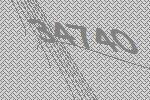
34740